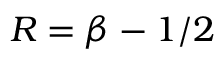
R = \beta - 1 / 2